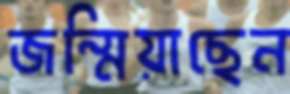
জন্মিয়াছেন